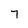
Character: 7